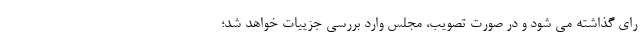
رای گذاشته می شود و در صورت تصویب، مجلس وارد بررسی جزییات خواهد شد؛